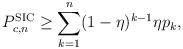
LaTeX: \begin{align*}P_{c,n}^\textnormal{SIC}\geq \sum_{k=1}^{n} (1-\eta)^{k-1} \eta p_k,\end{align*}